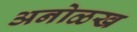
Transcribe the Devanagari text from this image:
अनोळख